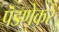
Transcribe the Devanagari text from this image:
पॆडणेकर